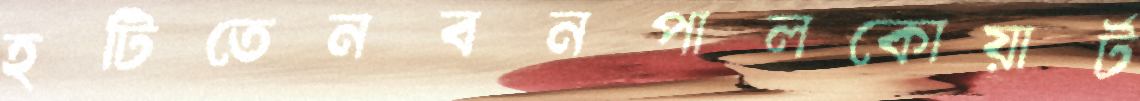
হটিতেনবনপালকোয়ার্ট